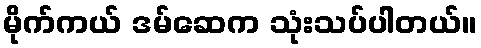
မိုက်ကယ် ဒမ်ဆေက သုံးသပ်ပါတယ်။